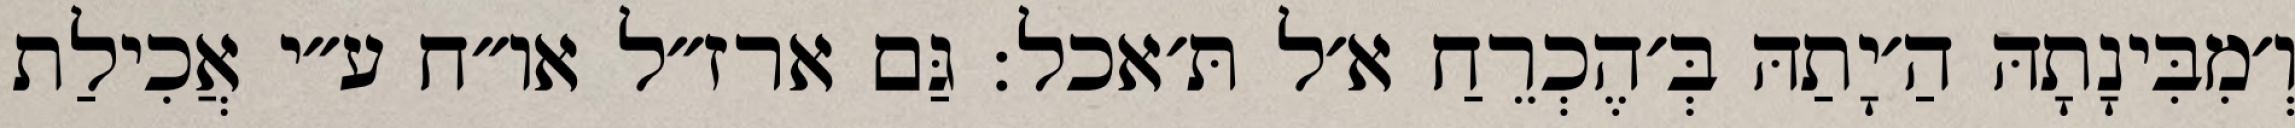
וְ׳מִבִּינָתָהּ הַ׳יָתַהּ בְּ׳הֶכְרֵחַ א׳ל תּ׳אכל: גַּם ארז״ל או״ח ע״י אֲכִילַת